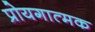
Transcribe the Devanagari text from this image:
प्रोयगात्मक